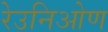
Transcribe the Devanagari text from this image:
रेउनिओण